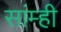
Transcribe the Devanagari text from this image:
सांम्ही